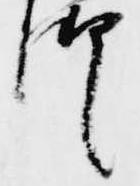
御